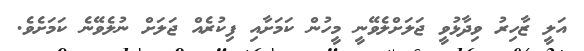
އަލީ ޒާހިރު ވިދާޅުވީ ޖަލަށްލެވޭނީ މީހުން ކަމަށާއި ފިކުރެއް ޖަލަށް ނުލެވޭނެ ކަމަށެވެ.